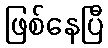
ဖြစ်နေပြီ